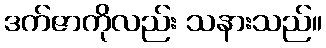
ဒက်ဇာကိုလည်း သနားသည်။